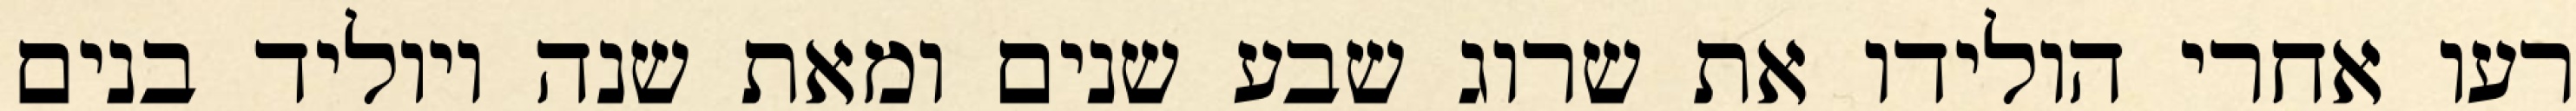
רעו אחרי הולידו את שרוג שבע שנים ומאת שנה ויוליד בנים